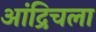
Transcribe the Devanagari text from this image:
आंद्रिचला